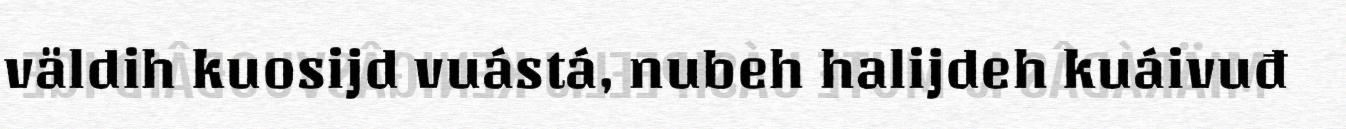
väldih kuosijd vuástá, nubeh halijdeh kuáivuđ